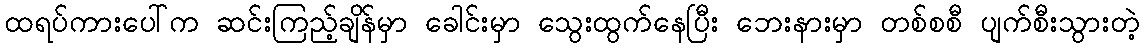
ထရပ်ကားပေါ်က ဆင်းကြည့်ချိန်မှာ ခေါင်းမှာ သွေးထွက်နေပြီး ဘေးနားမှာ တစ်စစီ ပျက်စီးသွားတဲ့